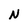
Character: N